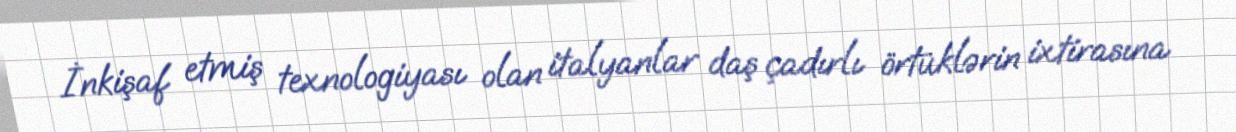
İnkişaf etmiş texnologiyası olan italyanlar daş çadırlı örtüklərin ixtirasına